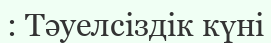
: Тәуелсіздік күні